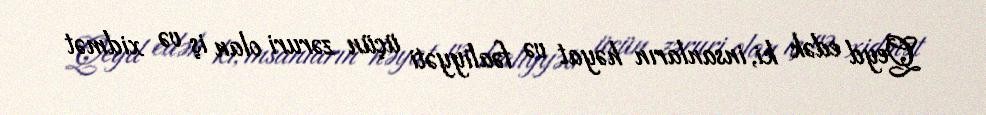
Qeyd edək ki, insanların həyat və fəaliyyəti üçün zəruri olan iş və xidmət